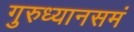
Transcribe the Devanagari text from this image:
गुरुध्यानसमं